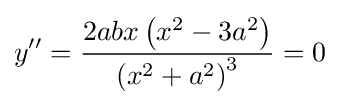
y''={\frac {2abx\left(x^{2}-3a^{2}\right)}{\left(x^{2}+a^{2}\right)^{3}}}=0